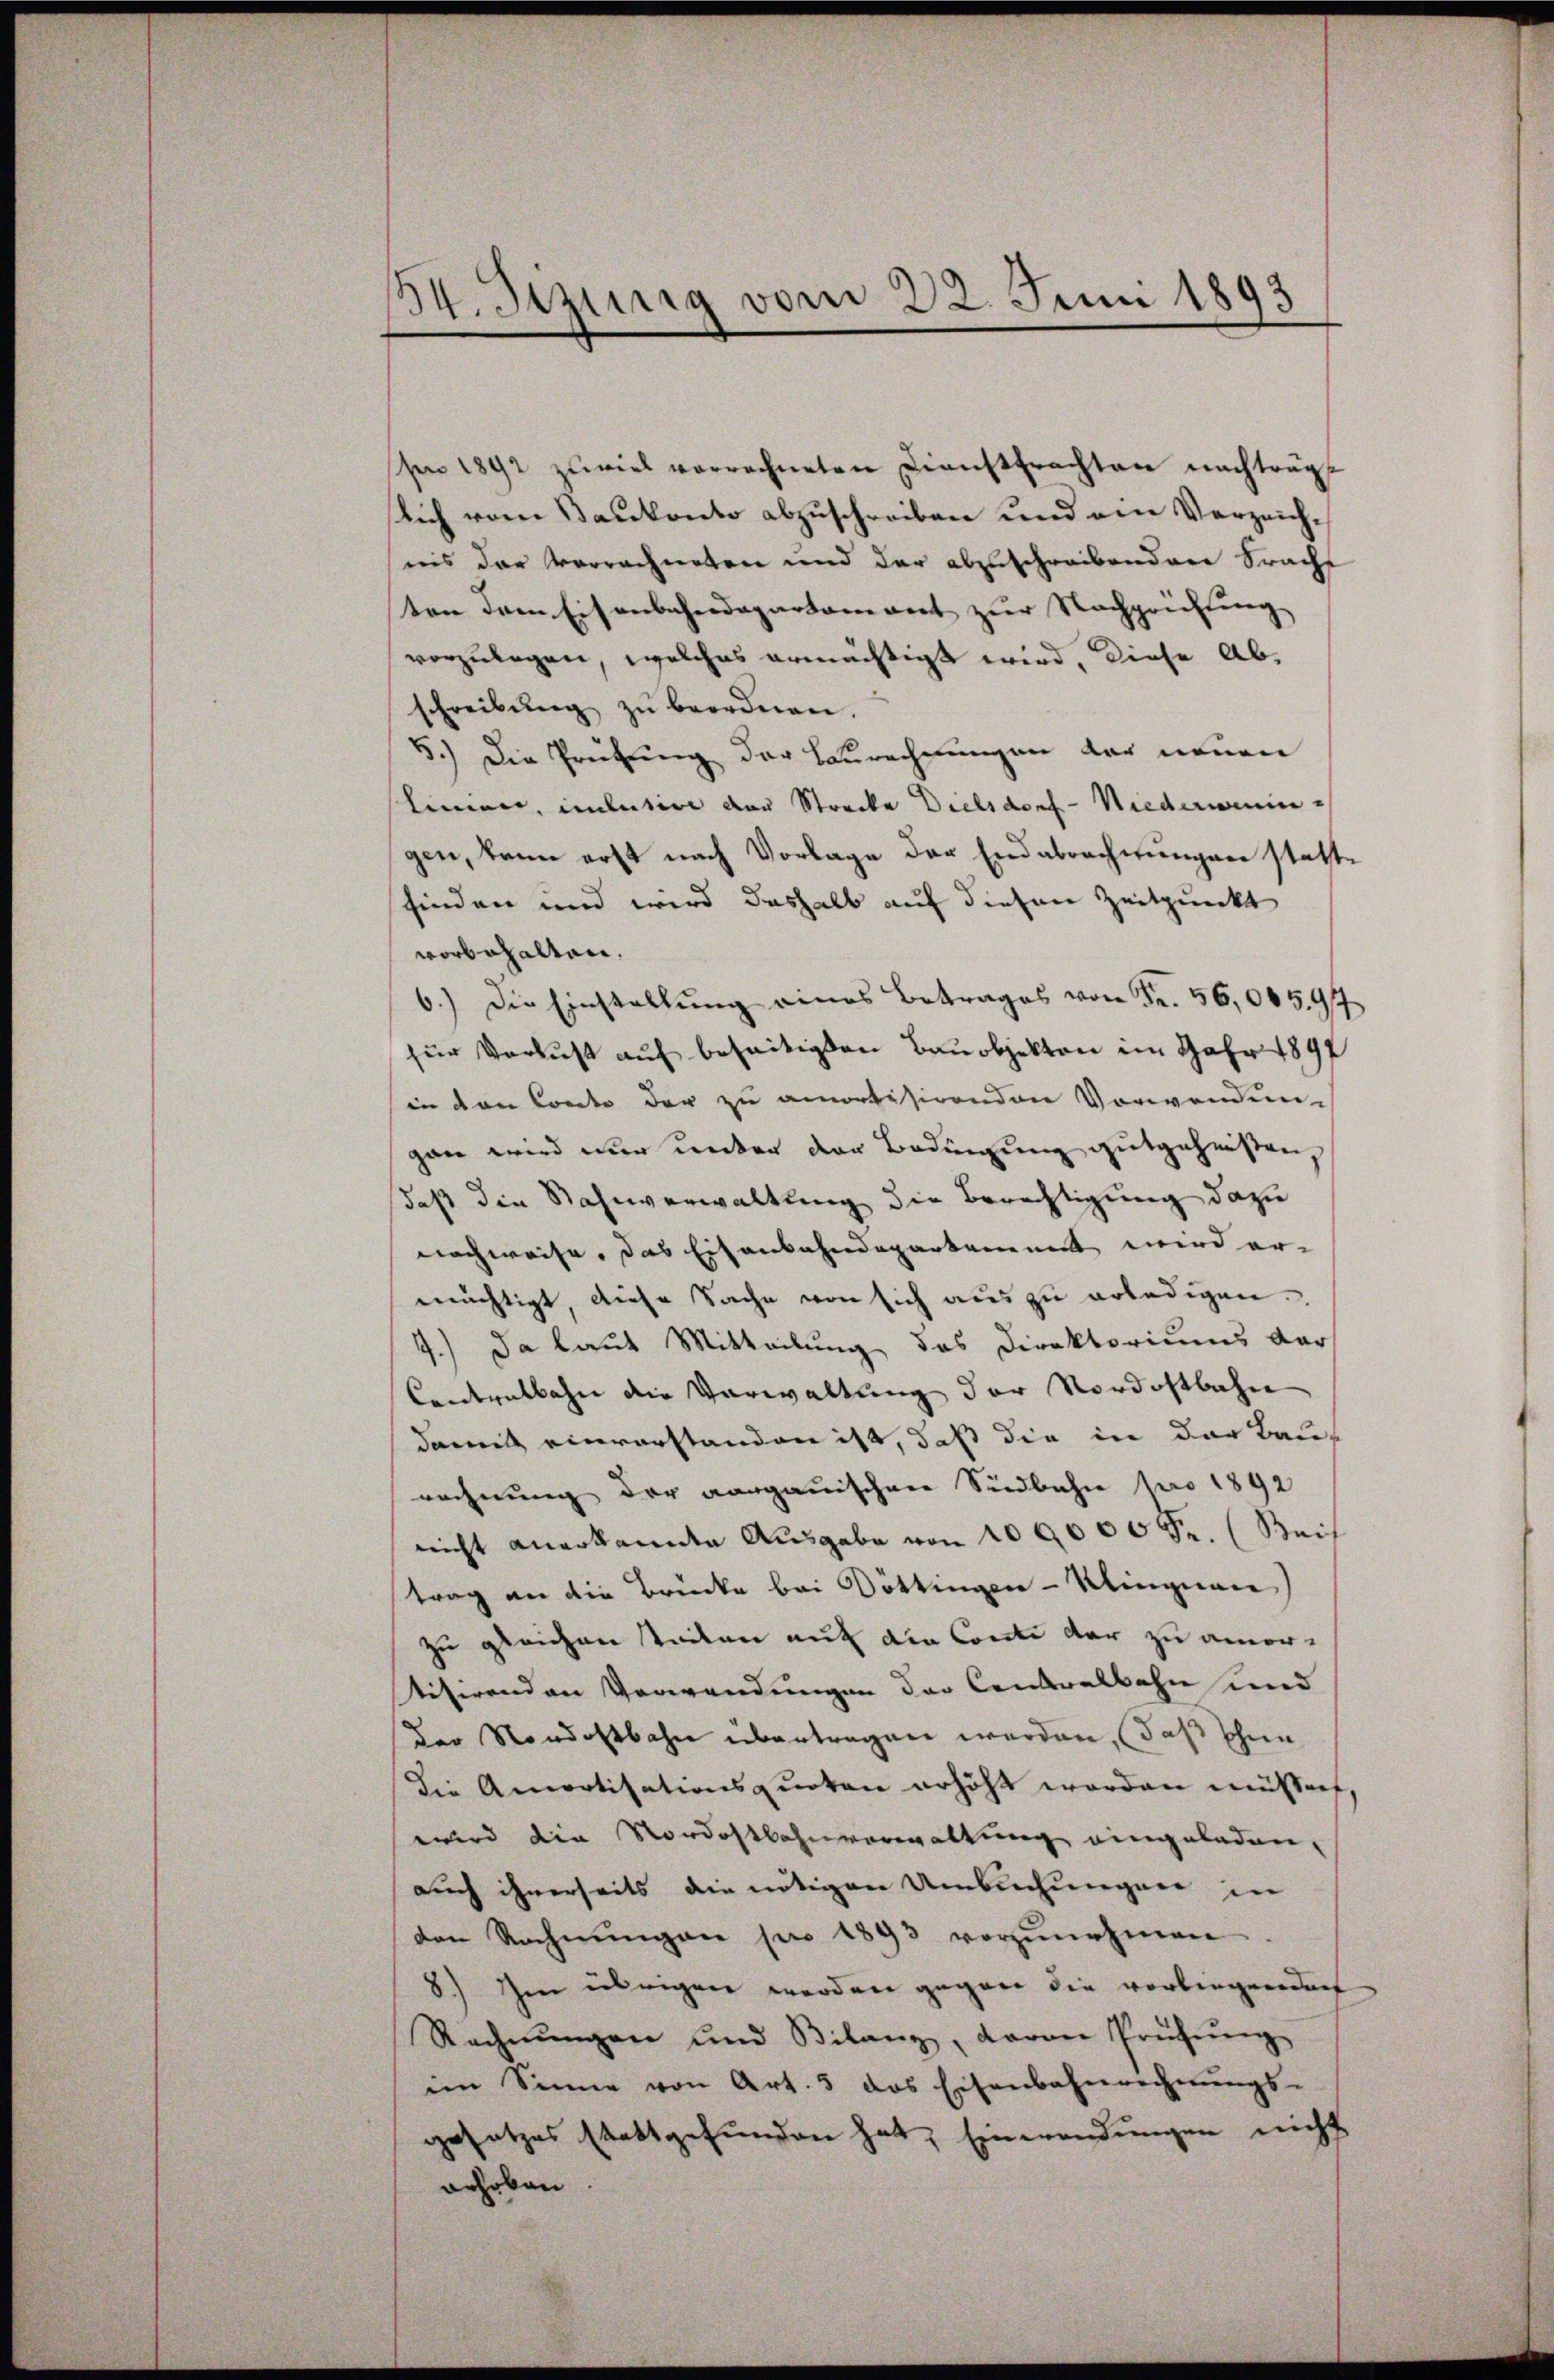
34. Sizung vom 22. Juni 1893

hen 1892 zurück vorrechneten Diensttrachten nachträgt
lich vom Baukonto abzuschreiben und am Verzeichnis der Vorrechneten und der abzuschreibendere Bracht
ton dem Eisenbahndepartament zur Nachprüftung
vorzulegen, welches ermächtigt wird, diese Ab-
schreibŭng zŭ beordnen.
5.) Die Prüfung der Zurechnungen der neuen
linier, intuitive der Strecke Dielsdorf-Niederweningen, kann erst nach Vorlage der Endabrechnungen stattfinden und wird deshalb auf diesen Zeitpunkt
vorbehalten.
6.) Die Einstellŭng eines Betrages von Fr. 56,00597
für Verlust auf beseitigten Bauobjekten im Jahr 1897
in den Conto der zu amortisirenden Vorwenden
gan wird nur unter der Bedingung gutgeheißen
daß die Stahnverwaltung die Berechtigung dazu
nachweise, das Eisenbahndepartement wird er-
mächtigt, diese Sache von sich aus zu erledigen.
4.) Da laut Mitteilung das Direktoriums dar
Contralbahn die Verwaltung der Nordostbahn
damit einverstanden ist, daß die in der Baurechnung der aargauischen Südbahn pro 1892
nicht anerkannte Ausgabe von 100000 Fr. (Seih
trag an die Brücke bei Döttingen - Klingnen
zu gleichen Teilen auf die Conti der zu amortitirenden Verwendungen der Contralbahn und
der Nordostbahn übertragen werden, daß schein
die Amortisationsquoten erhöht worden müssen
wird die Nordostbahnverwaltung eingeladen,
auch ihrerseits die nötigen Umbuchungen in
den Rechnŭngen pro 1893 vorzŭnehmen
8) Im übrigen werden gegen die vorliegenden
Rechnŭngen und Bilanz, davon Prüfŭng
im Sinne von Art. 3 das Eisenbahnrechnŭngs-
gesetzes stattgefunden hat, Einwendungen nicht
gehoben